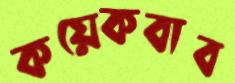
কয়েকবাব